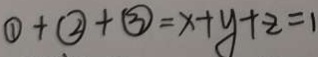
\textcircled { 1 } + \textcircled { 2 } + \textcircled { 3 } = x + y + z = 1